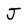
Character: J